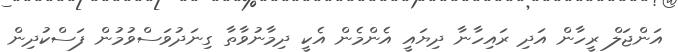
އަންޖަލް ރީހާން އަދި ރައިހާނާ ދިޔައީ އެންމެން އެކީ ދިމާނުވާތާ ގިނަދުވަސްވުމުން ފަސްކުދިން